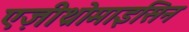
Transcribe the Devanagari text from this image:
एज़ीथ्रोमाइसिन